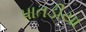
પાતડીયા